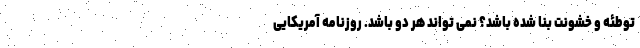
توطئه و خشونت بنا شده باشد؟ نمی تواند هر دو باشد. روزنامه آمریکایی